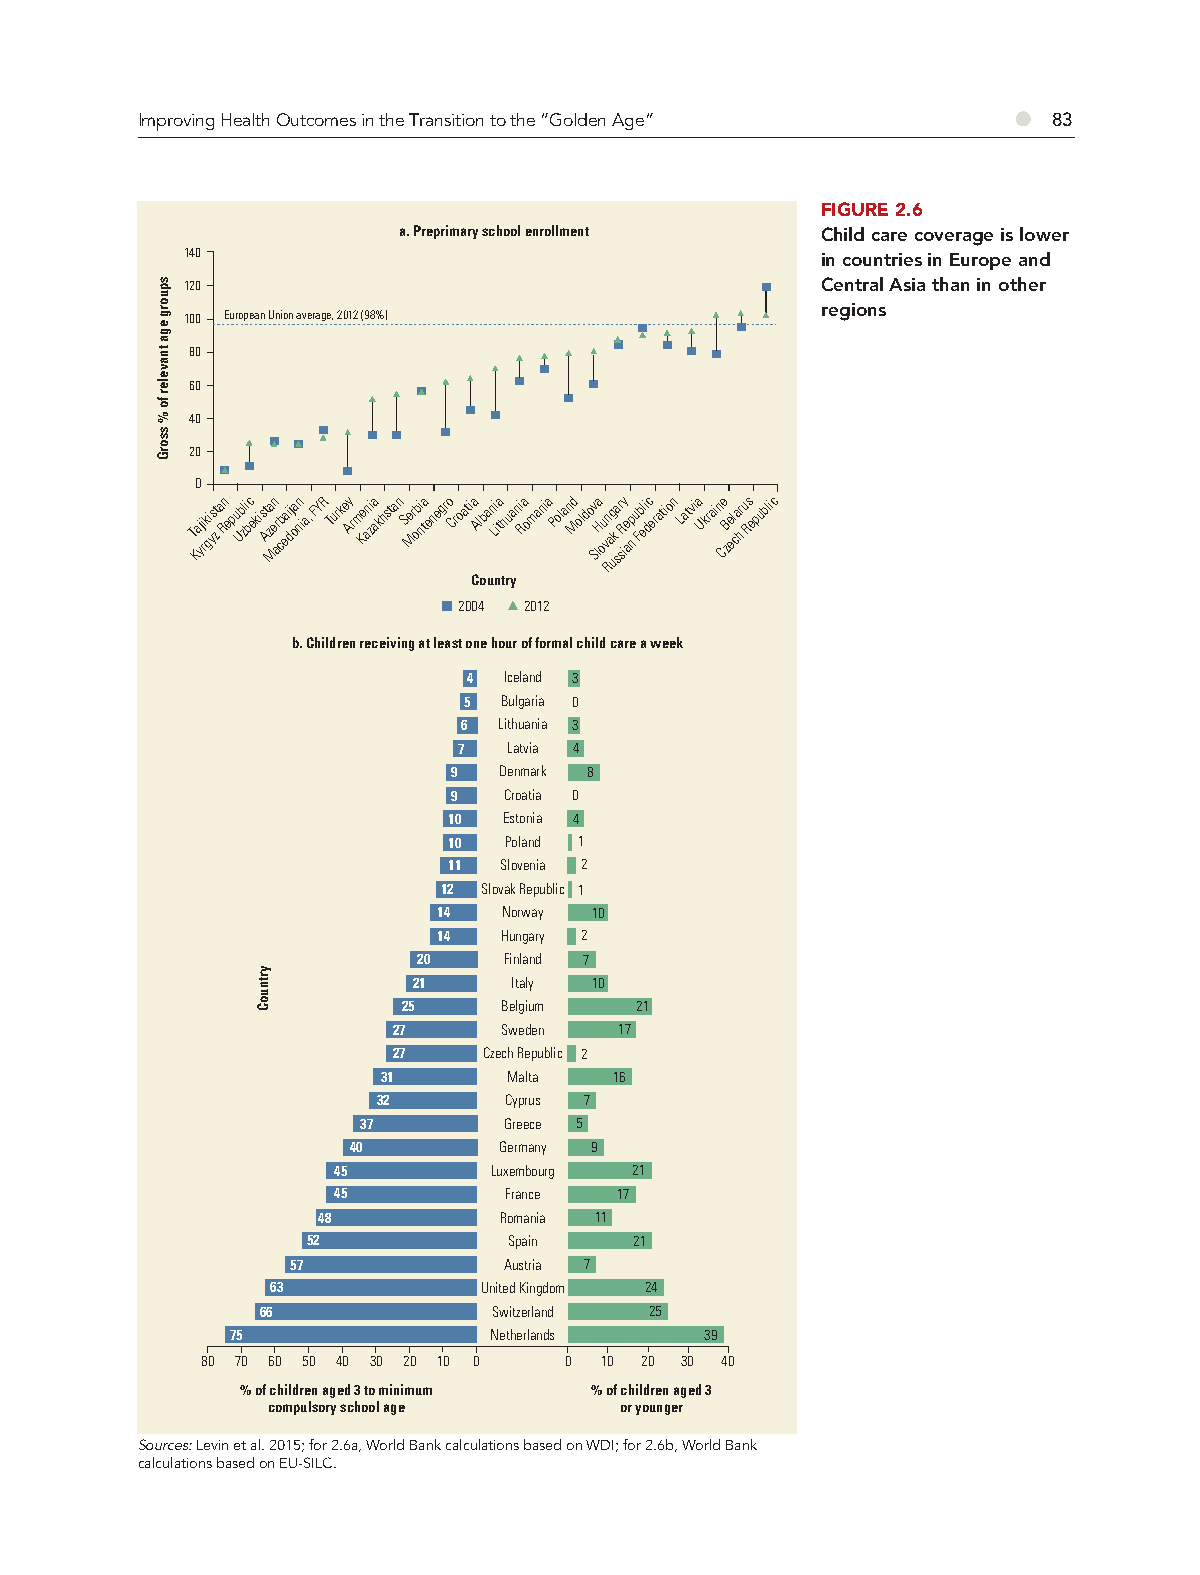
Improving Health Outcomes in the Transition to the “Golden Age” ● 83
 FIGURE 2.6
 a. Preprimary school enrollment Child care coverage is lower
 140                                       in countries in Europe and
 120                                       Central Asia than in other
 regions
 100 European Union average, 2012 (98%)
 80
 60
 40
 20
 0
 T Kaj yi rk gi ys zt a Rn epu Ub zli bc ekist Aza Men ar cb eai dj oa nn ia, FYR Turke Ay rm Ke ani za akhstan Se Mr obi nta enegro Croatia Alban Li ita huani Ra omania Poland Moldov SlHa ou vn Rag uk
 s
 ar sR iy e ap
 n
 u Fbl ei dc eration Latvia Ukrain Ce B ze el ca hr u Rs epublic
 Country
 2004 2012
 b. Children receiving at least one hour of formal child care a week
 4 Iceland 3
 5 Bulgaria 0
 6 Lithuania 3
 7   Latvia 4
 9  Denmark 8
 9  Croatia 0
 10 Estonia 4
 10 Poland 1
 11 Slovenia 2
 12 Slovak Republic 1
 14  Norway 10
 14  Hungary 2
 20   Finland 7
 21     Italy 10
 25    Belgium  21
 27     Sweden  17
 27    Czech Republic 2
 31       Malta  16
 32      Cyprus 7
 37       Greece 5
 40        Germany 9
 45        Luxembourg 21
 45         France  17
 48          Romania 11
 52            Spain   21
 57            Austria 7
 63            United Kingdom 24
 66              Switzerland 25
 75               Netherlands    39
 80 70 60 50 40 30 20 10 0 0 10 20 30 40
 % of children aged 3 to minimum % of children aged 3
 compulsory school age  or younger
 Sources: Levin et al. 2015; for 2.6a, World Bank calculations based on WDI; for 2.6b, World Bank
 calculations based on EU-SILC.
 spuorg
 ega
 tnaveler
 fo
 %
 ssorG
 yrtnuoC